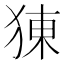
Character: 𤟈